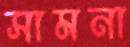
সামনা